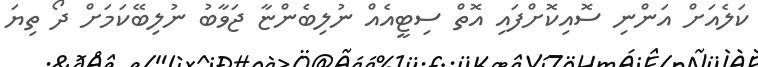
ކަލެއަށް އަންނި ސޮއިކޮށްފައި އޮތް ސިޓީއެއް ނުލިބެންޏާ ޖަވާބު ނުލިބޭކަމަށް ދޯ ތިޔަ